Annual administration report of the Civil Veterinary Department, Sind - 1943-1944
Year: 1943
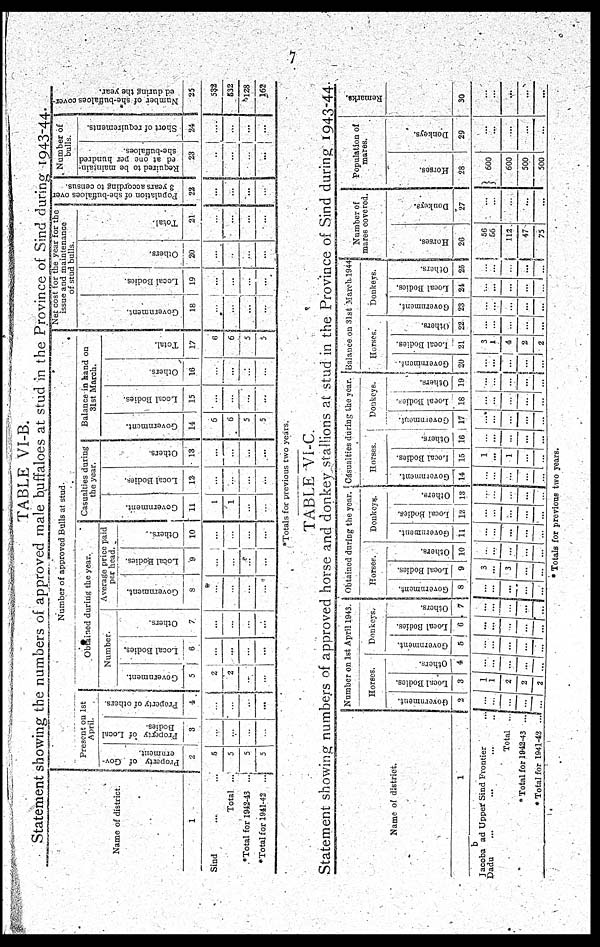
7
TABLE VI-B.
Statement showing the numbers of approved male buffaloes at stud in the Province of Sind during 1943-44.
1
Sind ... ...
Total ...
*Total for 1942-43 ...
*Total for 1941-42 ...
Number of approved Bulls at stud.
Present on 1st
April.
Property of Gov-
ernment.
2
5
5
5
5
Property of Local
Bodies.
3
...
...
...
...
Property of others.
4
...
...
...
...
Obtained during the year.
Number.
Government.
5
2
2
...
...
Local Bodies.
6
...
...
...
...
Others.
7
...
...
...
...
Average price paid
per head.
Government.
8
...
...
...
...
Local B,odies.
9
...
...
...
...
Others.
10
...
...
...
...
Casualties during
the year.
Go v e r
n me n t.
11
1
1
...
...
Local Bodies.
12
...
...
...
...
Others.
13
...
...
...
...
Balance in hand on
31st March.
Go v e r
n me n t.
14
5
6
5
5
Local Bodies.
15
...
...
...
...
Others.
16
...
...
...
...
Tot al .
17
6
6
5
5
Net cost for the year for the
issue and maintenance
of stud bulls.
Go v e r
n me n t,
18
...
...
...
...
Local Bodies.
19
...
...
...
...
Ot her s .
20
...
..
...
...
Tot al .
21
...
...
...
...
Population of she-buffaloes over
3 years according to census.
22
...
...
...
...
Number of
bulls.
Required to be maintain-
ed at one per hundred
she-buffaloes.
23
...
...
...
...
Short of requirements.
24
....
...
...
Number of she-buffaloes cover-
ed during the year.
25
532
532
128
162
*Totals for previous two years.
TABLE VI-C.
Statement showing numbers of approved horse and donkey stallions at stud in the Province of Sind during 1943-44
Name of district.
1
b
Jacoba ad Upper Sind Frontier ..
Dadu ... ... ... ...
Total ...
*Total for 1942-43 ...
* Total for 1941-42 ...
Number on 1st April 1943.
Horses.
Government.
2
...
...
...
...
...
Local Bodies.
3
7
1
2
2
2
Others.
4
...
...
...
...
...
Donkeys.
Government.
5
...
...
...
...
...
Local Bodies.
6
...
...
...
...
...
Others.
7
...
...
...
...
...
Obtained during the year.
Horses.
Government.
8
...
...
...
...
...
Local Bodies.
9
3
...
3
...
...
Others.
10
...
...
...
...
...
Donkeys.
Government.
11
...
...
...
...
...
Local Bodies.
155
...
...
...
...
...
Othere.
13
...
...
...
...
...
Casualties during the year.
Horses.
Government.
14
...
...
...
...
...
Local Bodies.
15
1
...
1
...
...
Others.
16
...
...
...
...
...
Donkeys.
Government.
17
...
...
...
...
...
Local Bodies.
18
...
...
...
...
...
Others.
19
...
...
...
...
...
Balance on 31st March 1944
Horses.
Government.
20
...
...
...
...
...
Local Bodies.
21
3
1
4
2
2
Others.
22
...
...
...
...
...
Donkeys.
Government.
23
...
...
...
...
...
Local Bodies.
24
...
...
...
...
...
Others.
25
...
...
...
...
Number of
mares covered.
Horses.
26
56
56
112
47
75
Donkeys.
27
...
...
...
...
...
Population of
mares.
Horses.
28
600
600
500
500
Donkeys.
29
...
...
...
...
...
Remarks.
30
...
...
...
...
...
* Totals for previous two years.